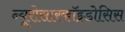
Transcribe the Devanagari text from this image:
न्यूरोसारकॉइडोसिस